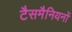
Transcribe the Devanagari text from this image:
टैसमैनियनों